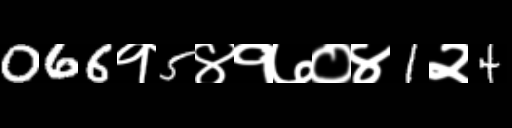
Text: 066१5४१७०४1२4